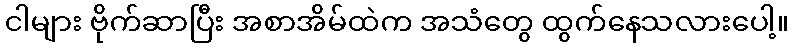
ငါများ ဗိုက်ဆာပြီး အစာအိမ်ထဲက အသံတွေ ထွက်နေသလားပေါ့။